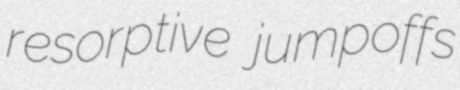
resorptive jumpoffs